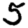
Digit: 5